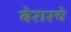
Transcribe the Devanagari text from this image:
बेरारचे